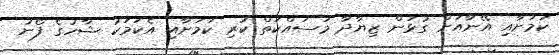
ކަމަށާއި އޭނާއަށް ގުޅަން ޒިޔާދާ މަސައްކަތް ކުރި ކަމަށާއި އެކަމަކު ޝާހުގެ ފޯނު